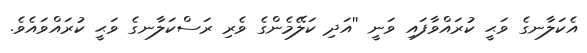
އެކަލާނގެ ވަޙީ ކުރައްވާފައި ވަނީ ''އަދި ކަލޭމެންގެ ވެރި ރަސްކަލާނގެ ވަޙީ ކުރައްވައެވެ.